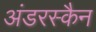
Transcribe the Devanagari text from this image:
अंडरस्कैन